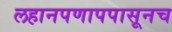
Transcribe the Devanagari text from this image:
लहानपणापपासूनच